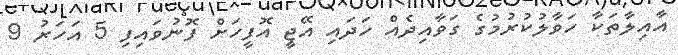
އާއިލާތަކާ ހަވާލުކުރުމުގެ ގަވާއިދެއް ހަދައި އޭޖީ އޮފީހަށް ފޮނުވައިފި 5 އަހަރު 9